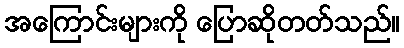
အကြောင်းများကို ပြောဆိုတတ်သည်။